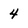
Character: 4